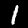
Label: 1